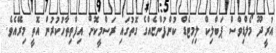
އުރީދޫ މޯލްޑިވްސް ޕަބްލިކް ލިމިޓެޑް ކުންފުންޏެއްގެ ގޮތުގައި ރަސްމީކޮށް އިފްތިތާހުކުރުން އޮތީ މިރޭއެވެ.